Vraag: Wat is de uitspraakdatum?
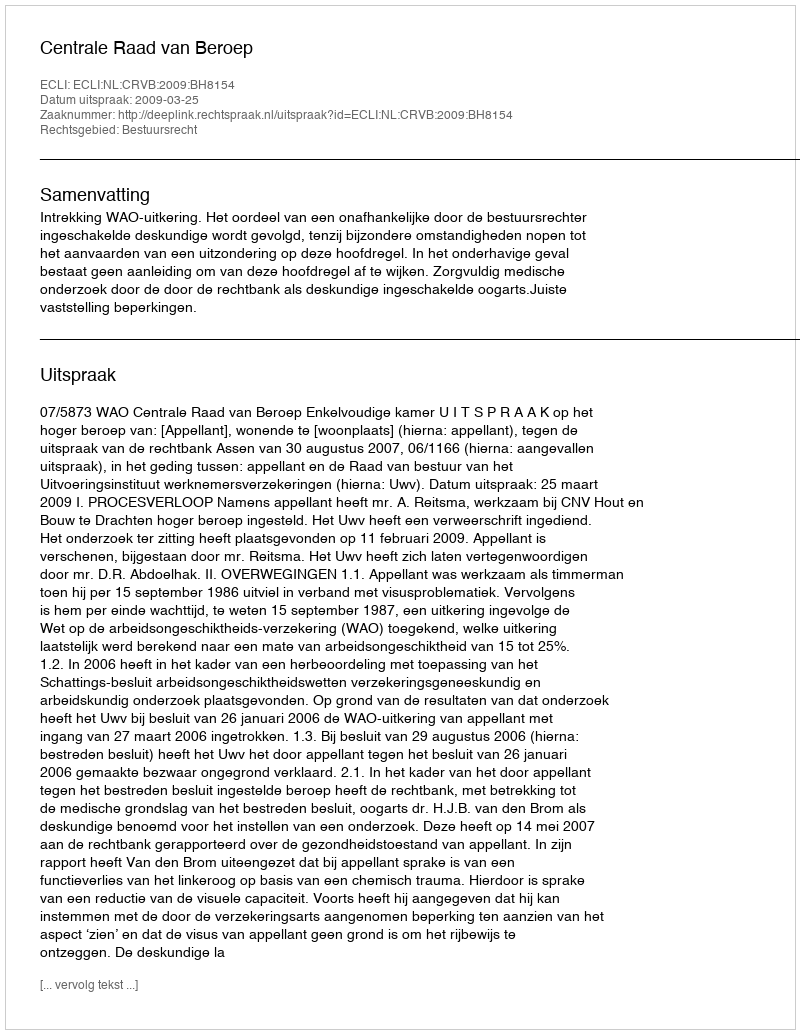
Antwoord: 2009-03-25